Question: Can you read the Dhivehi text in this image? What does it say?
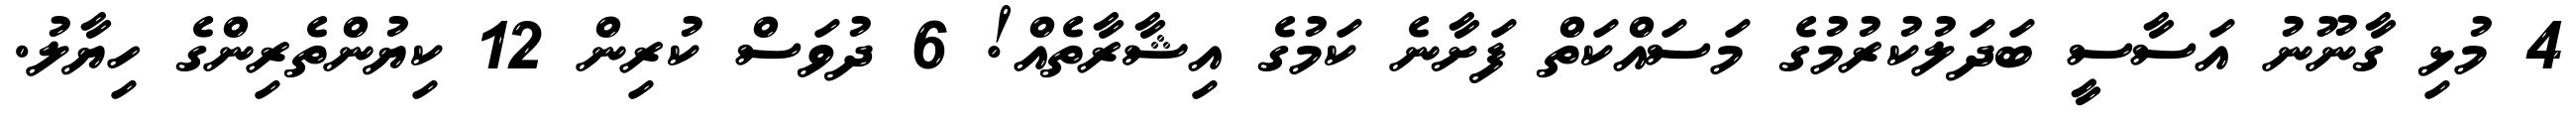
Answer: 4 މުޅި ގާނޫނު އަސާސީ ބަދަލުކުރުމުގެ މަސައްކަތް ފަށާނެ ކަމުގެ އިޝާރާތެއް! 6 ދުވަސް ކުރިން 12 ކިޔުންތެރިންގެ ހިޔާލު.